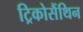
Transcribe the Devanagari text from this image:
ट्रिकोसैंथिन